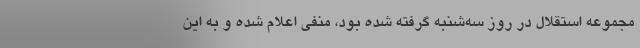
مجموعه استقلال در روز سه‌شنبه گرفته شده بود، منفی اعلام شده و به این